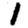
Digit: 1